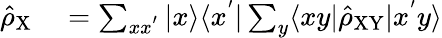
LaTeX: \begin{array}{rl}{\hat{\rho}_{\mathrm{X}}}&{{}=\sum_{xx^{'}}|x\rangle\langle x^{'}|\sum_{y}\langle xy|\hat{\rho}_{\mathrm{XY}}|x^{'}y\rangle}\end{array}